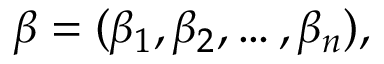
{ \boldsymbol { \beta } } = ( \beta _ { 1 } , \beta _ { 2 } , \dots , \beta _ { n } ) ,